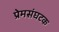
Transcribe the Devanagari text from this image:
प्रेमसंघटक